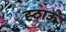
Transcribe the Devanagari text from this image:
ह्ठाऊ